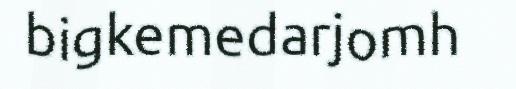
bigkemedarjomh